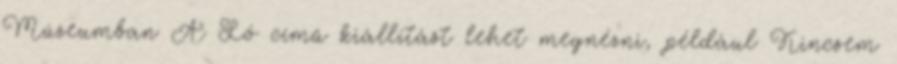
Múzeumban A Ló című kiállítást lehet megnézni, például Kincsem